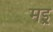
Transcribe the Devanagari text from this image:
मइ्र